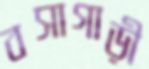
বসাগাড়ী